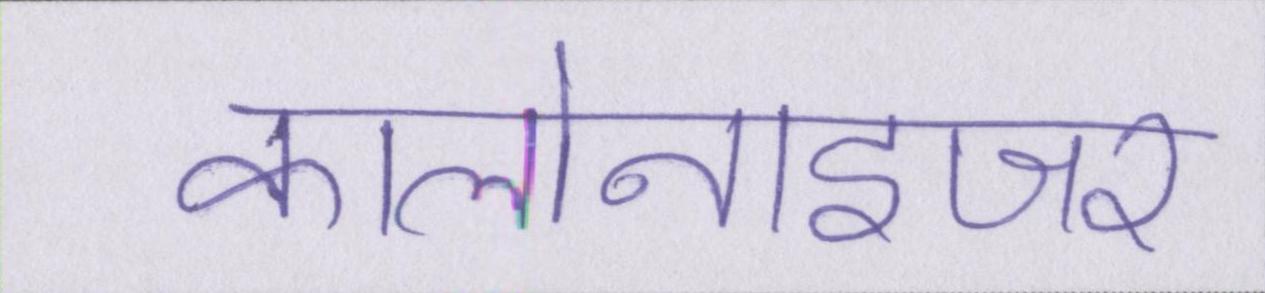
कालोनाइजर